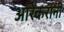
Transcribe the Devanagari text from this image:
आरेकरांनी